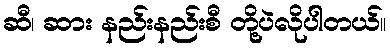
ဆီ၊ ဆား နည်းနည်းစီ တို့ပဲလိုပါတယ်။